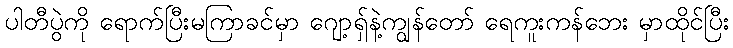
ပါတီပွဲကို ရောက်ပြီးမကြာခင်မှာ ဂျော့ရှ်နဲ့ကျွန်တော် ရေကူးကန်ဘေး မှာထိုင်ပြီး